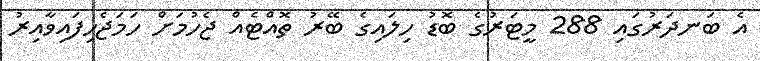
އެ ބަނދަރުގައި 288 މީޓަރުގެ ބޮޑު ހިލައިގެ ބޭރު ތޮއްޓެއް ޖެހުމަށް ހަމަޖެހިފައިވާއިރު